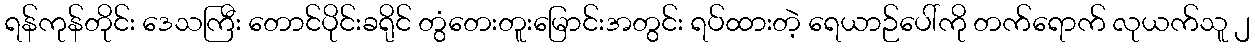
ရန်ကုန်တိုင်း ဒေသကြီး တောင်ပိုင်းခရိုင် တွံတေးတူးမြောင်းအတွင်း ရပ်ထားတဲ့ ရေယာဉ်ပေါ်ကို တက်ရောက် လုယက်သူ ၂